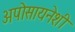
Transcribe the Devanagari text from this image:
अपोसायनेशी